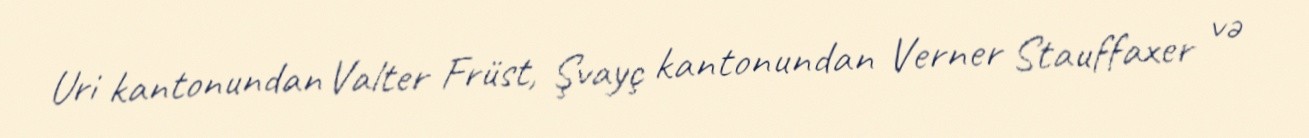
Uri kantonundan Valter Früst, Şvayç kantonundan Verner Stauffaxer və